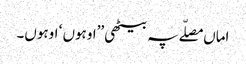
اماں مصلّے پہ بیٹھی ’’اوہوں ‘ اوہوں۔